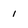
Character: i